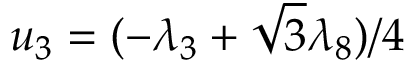
u _ { 3 } = ( - \lambda _ { 3 } + \sqrt { 3 } \lambda _ { 8 } ) / 4